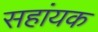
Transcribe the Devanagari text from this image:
सहांयक